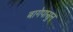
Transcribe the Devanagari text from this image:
बागेपासुन